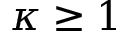
\kappa \ge 1